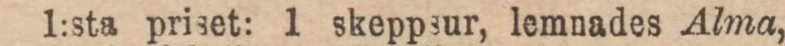
1:sta priset: 1 skeppsur, lemnades Alma,